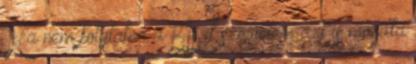
Ha nem folytatná a BB-t szerintem azt is mondta